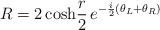
LaTeX: \begin{align*}R =2 \, {\rm cosh} \frac{r}{2} \, e^{-\frac{i}{2}(\theta_L+\theta_R)}\end{align*}